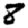
Digit: 8